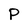
Character: P